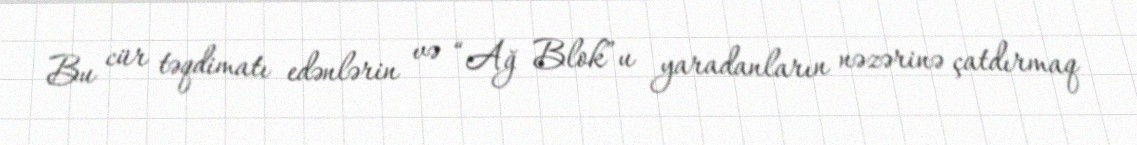
Bu cür təqdimatı edənlərin və “Ağ Blok”u yaradanların nəzərinə çatdırmaq